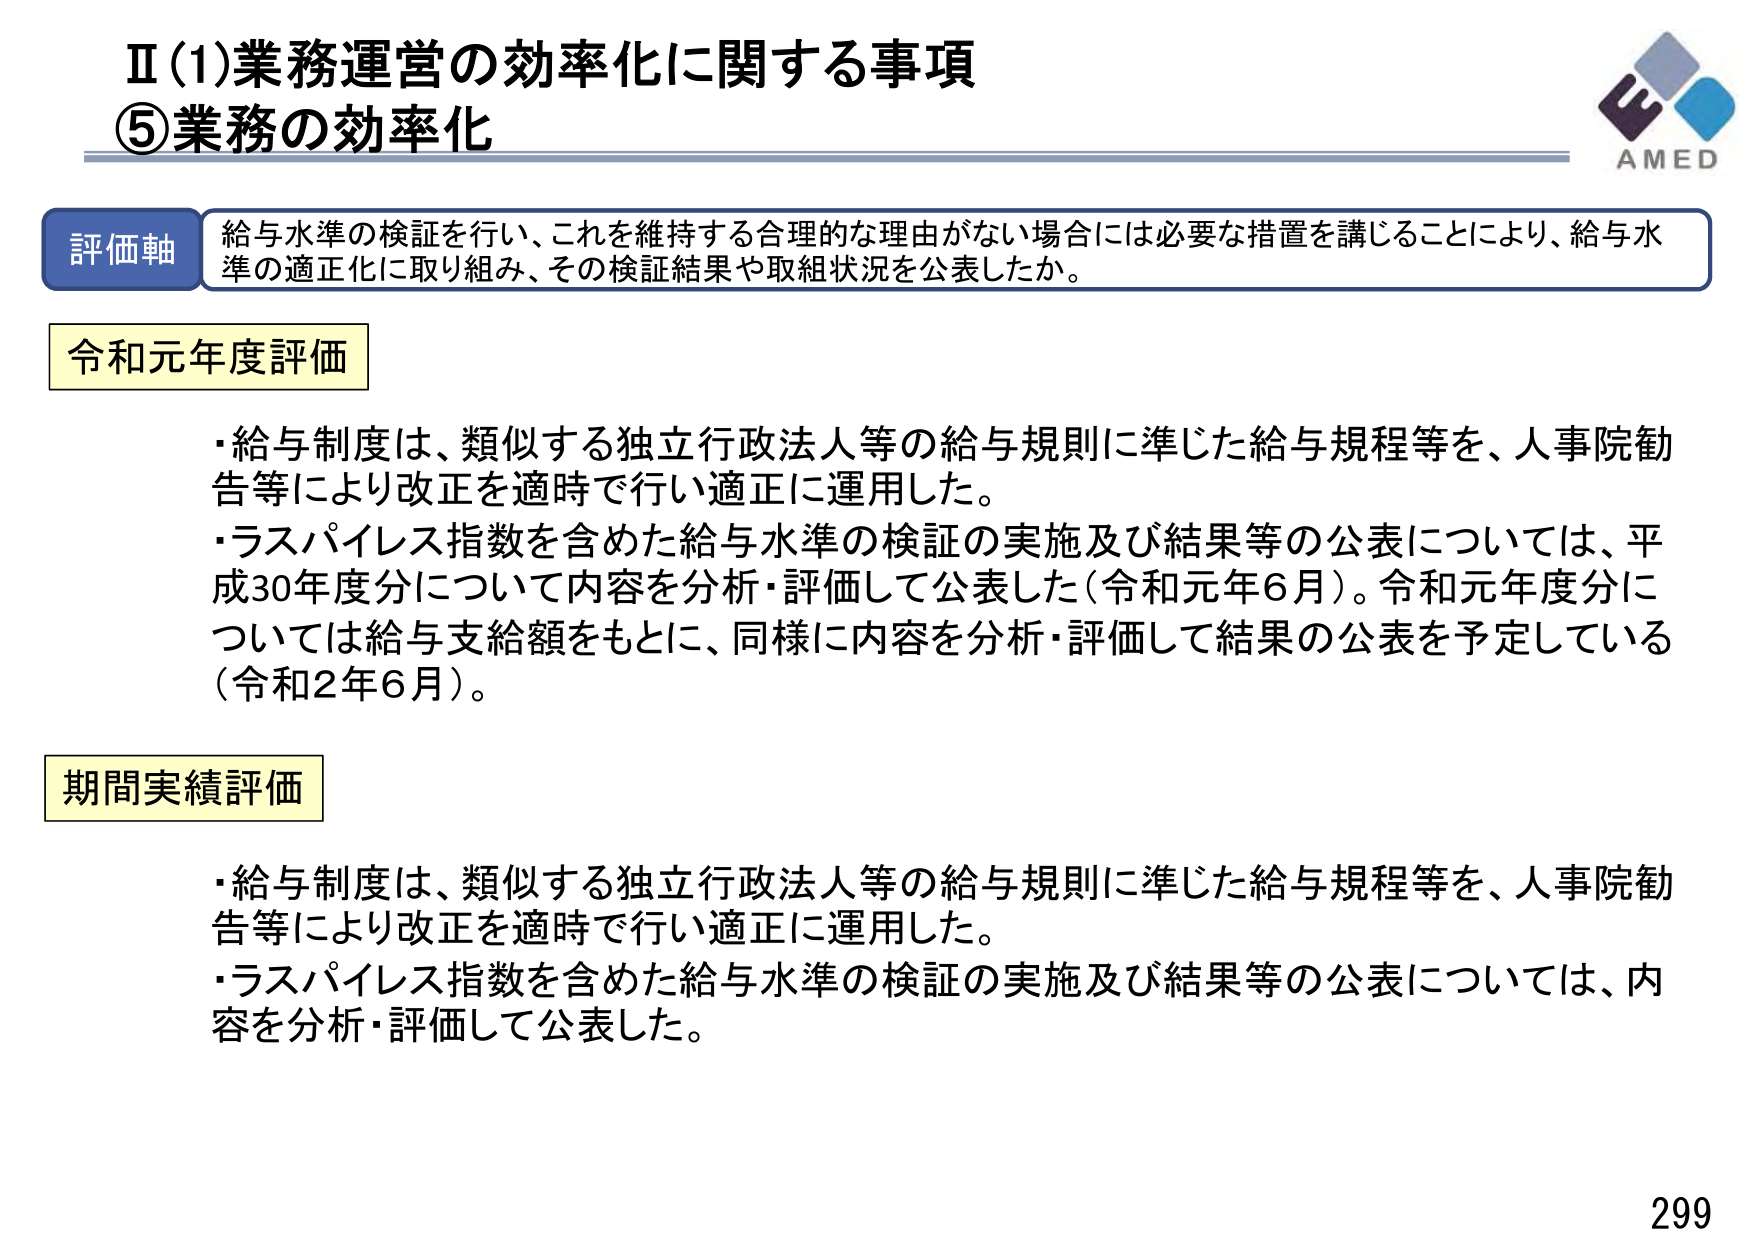
Ⅱ(1)業務運営の効率化に関する事項
⑤業務の効率化

評価軸 給与水準の検証を行い、これを維持する合理的な理由がない場合には必要な措置を講じることにより、給与水準の適正化に取り組み、その検証結果や取組状況を公表したか。

令和元年度評価
・給与制度は、類似する独立行政法人等の給与規則に準じた給与規程等を、人事院勧告等により改正を適時で行い適正に運用した。
・ラスパイレス指数を含めた給与水準の検証の実施及び結果等の公表については、平成30年度分について内容を分析・評価して公表した（令和元年6月）。令和元年度分については給与支給額をもとに、同様に内容を分析・評価して結果の公表を予定している（令和2年6月）。

期間実績評価
・給与制度は、類似する独立行政法人等の給与規則に準じた給与規程等を、人事院勧告等により改正を適時で行い適正に運用した。
・ラスパイレス指数を含めた給与水準の検証の実施及び結果等の公表については、内容を分析・評価して公表した。

AMED
299